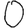
Digit: 0